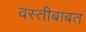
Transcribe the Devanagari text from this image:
वस्तीबाबत